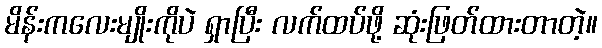
မိန်းကလေးမျိုးကိုပဲ ရှာပြီး လက်ထပ်ဖို့ ဆုံးဖြတ်ထားတာတဲ့။